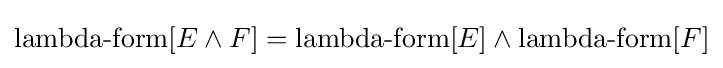
\operatorname {lambda-form} [E\land F]=\operatorname {lambda-form} [E]\land \operatorname {lambda-form} [F]